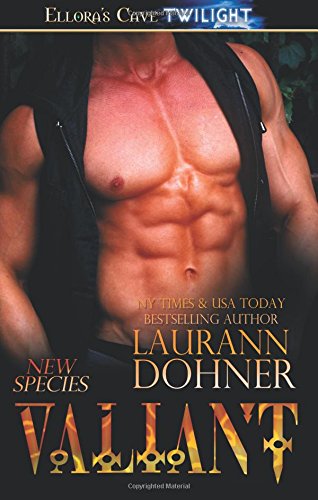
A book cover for Valiant (New Species); Laurann ` Dohner; Romance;